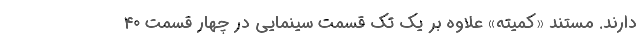
دارند. مستند «کمیته» علاوه بر یک تک قسمت سینمایی در چهار قسمت ۴۰